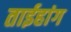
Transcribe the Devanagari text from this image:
ताईहांग